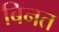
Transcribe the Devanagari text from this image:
बिनत